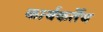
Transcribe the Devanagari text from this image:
कार्यकर्तेच